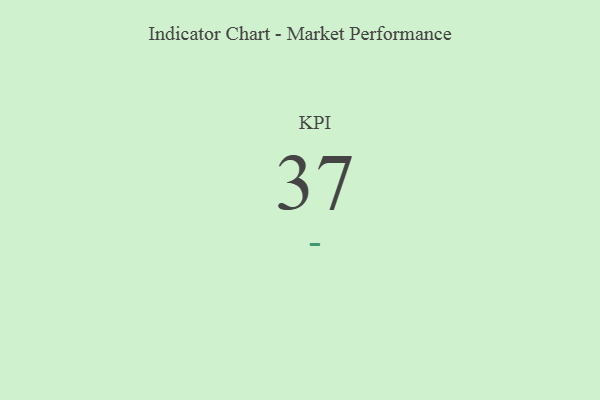
{"axis": {"x": "KPI", "y": "Value"}, "legend": [""], "data": [{"x": "KPI", "y": 37, "type": ""}]}